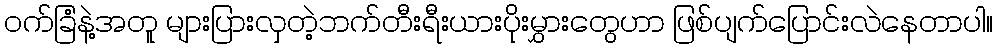
ဝက်ခြံနဲ့အတူ များပြားလှတဲ့ဘက်တီးရီးယားပိုးမွှားတွေဟာ ဖြစ်ပျက်ပြောင်းလဲနေတာပါ။